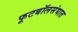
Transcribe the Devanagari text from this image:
फूटबॉलसंघात